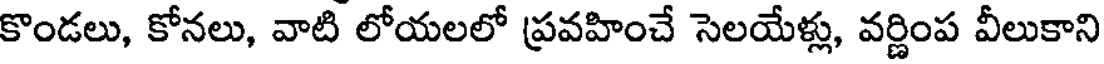
కొండలు, కోనలు, వాటి లోయలలో ప్రవహించే సెలయేళ్లు, వర్ణింప వీలుకాని